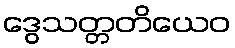
ဒွေသတ္တတိယေဝ